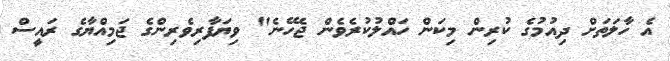
އެ ހާލަތަށް ދިއުމުގެ ކުރިން މިކަން ހައްލުކުރެވެން ޖެހޭނެ" ވިޔަފާރިވެރިންގެ ޖަމިއްޔާގެ ރައީސް